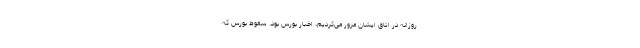
روزانه در اتاق ایشان مرور می‌کردیم، اخبار بورس بود. سقوط بورس که